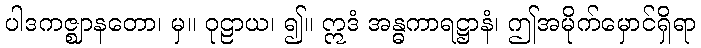
ပါဒကဇ္ဈာနတော၊ မှ။ ဝုဠာယ၊ ၍။ ဣဒံ အန္ဓကာရဋ္ဌာနံ၊ ဤအမိုက်မှောင်ရှိရာ